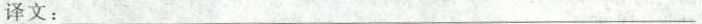
译文：___